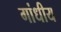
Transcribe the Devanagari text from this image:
गांधीय